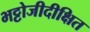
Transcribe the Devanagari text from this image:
भट्टोजीदीक्षित